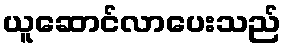
ယူဆောင်လာပေးသည်